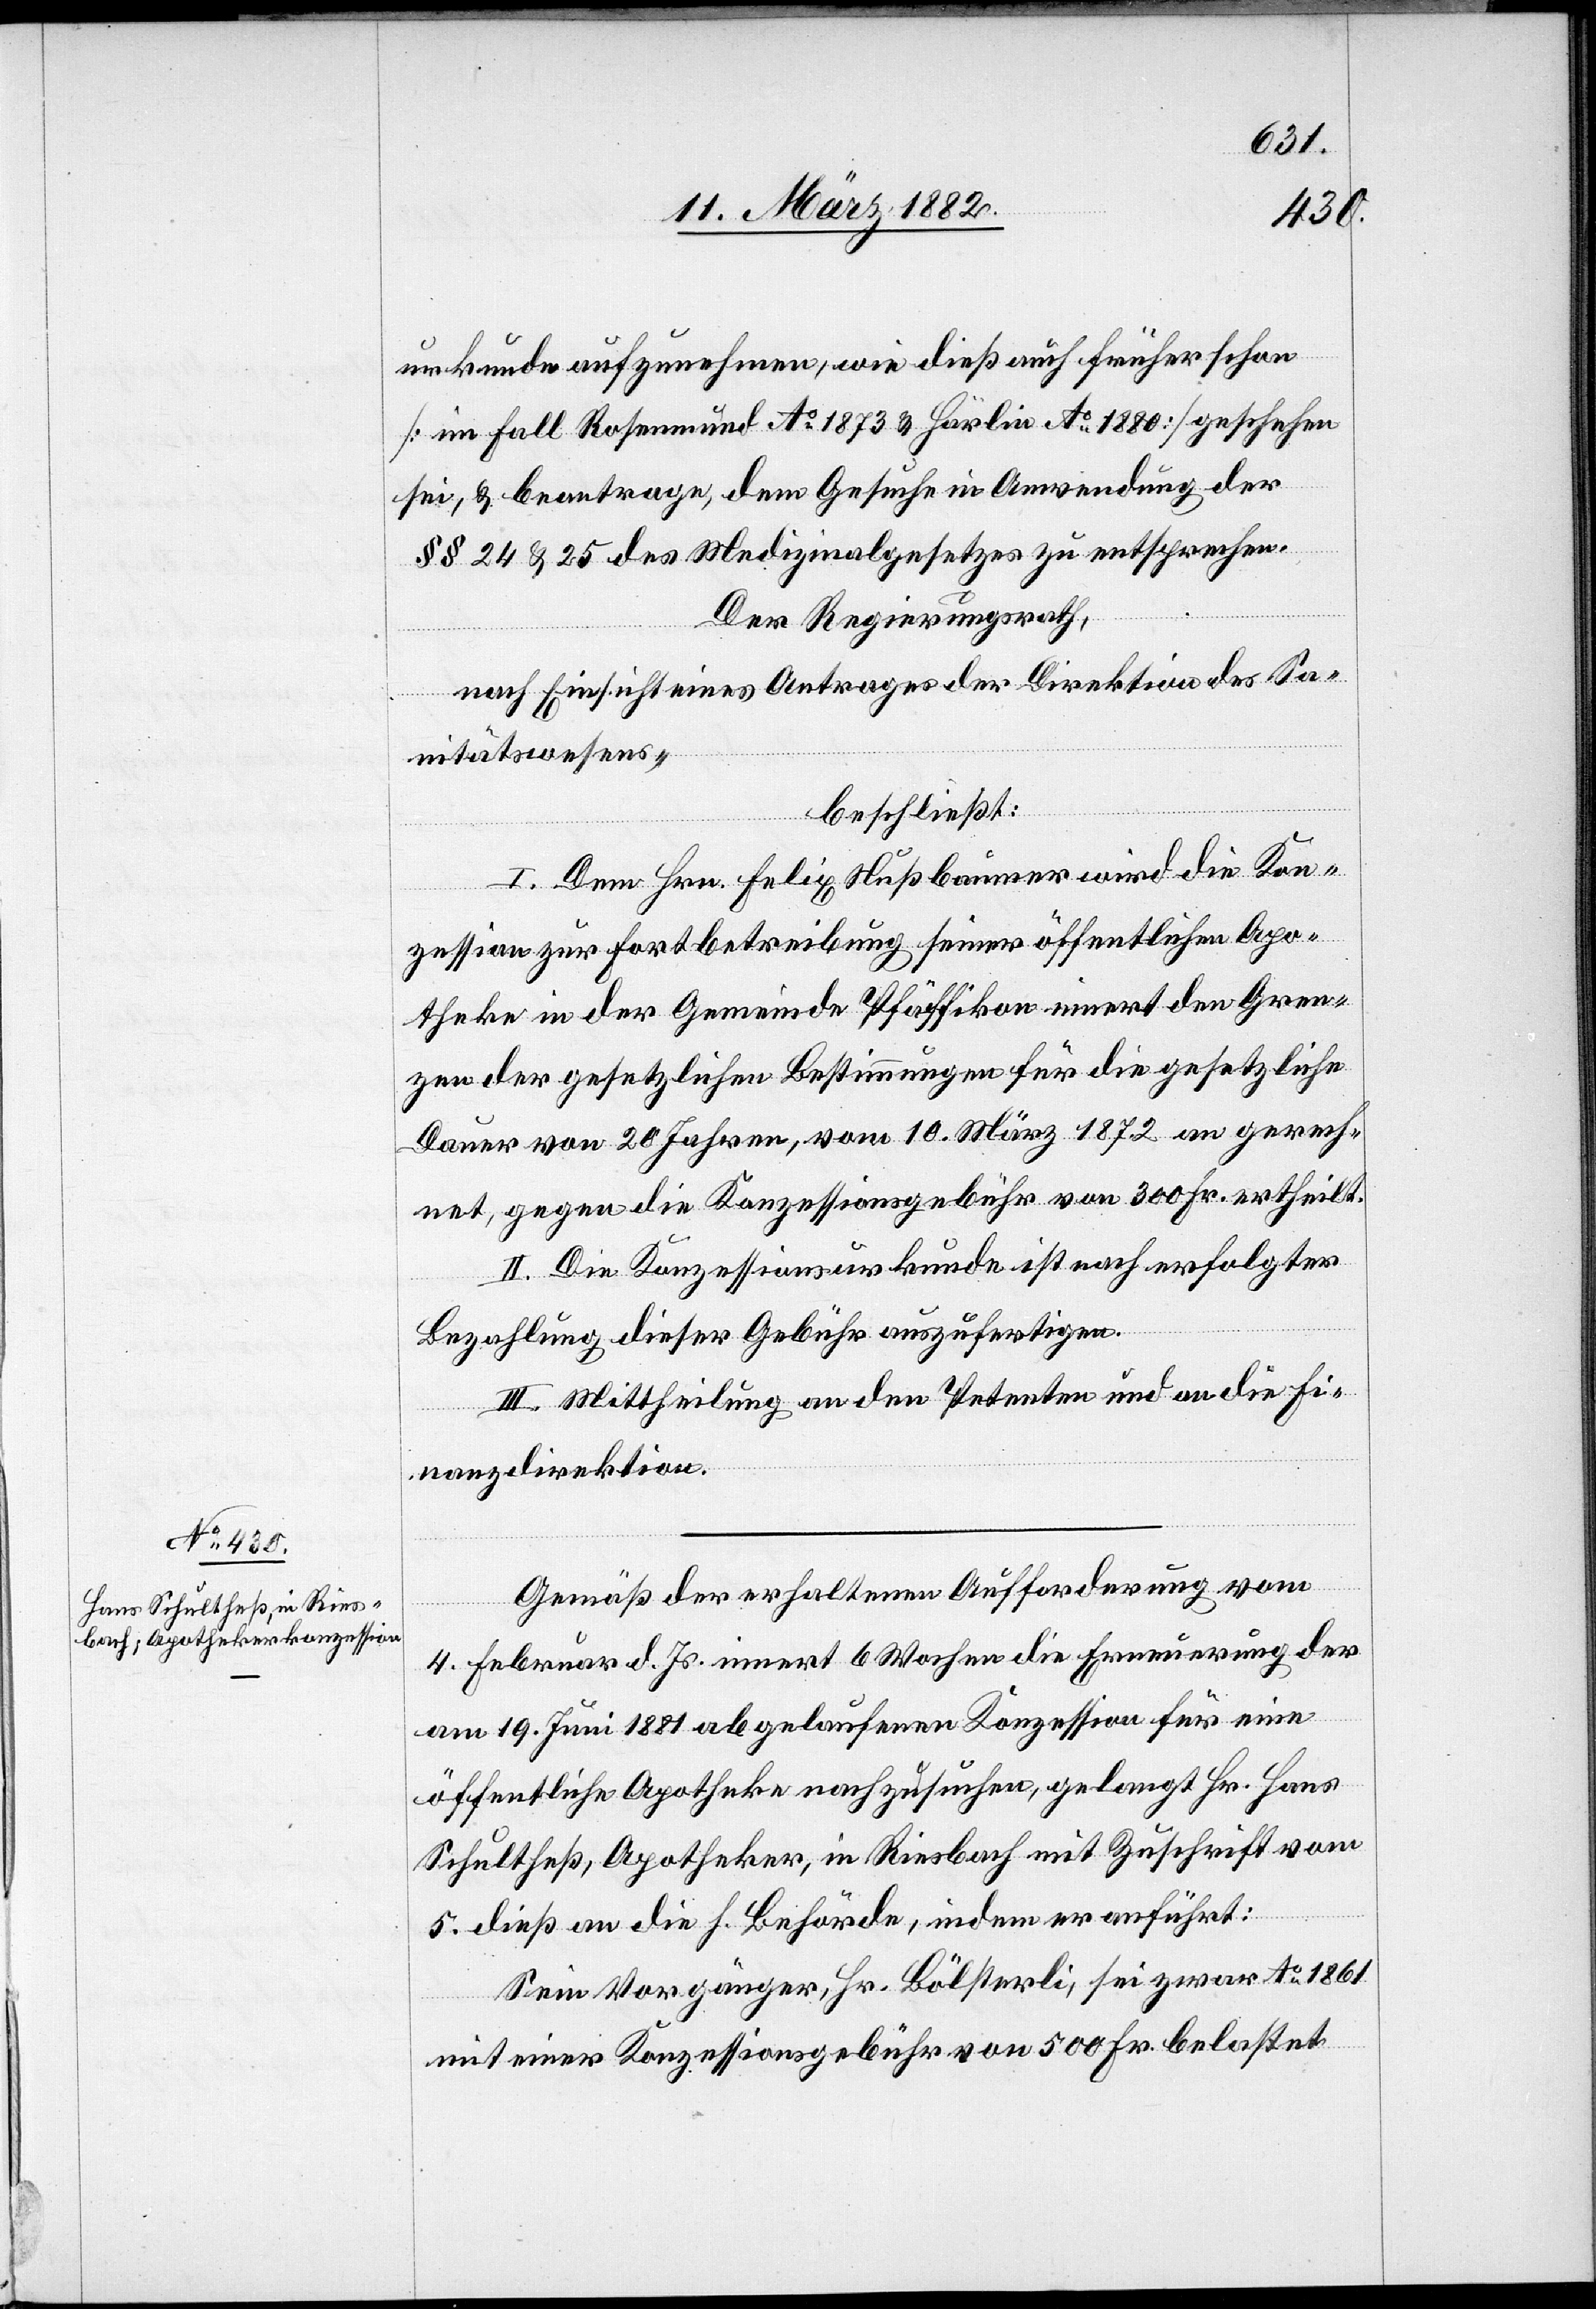
urkunde aufzunehmen, wie dieß auch früher schon
[im Fall Rosenmund Ao 1873 & Härlin Ao 1880] geschehen
sei, & beantrage, dem Gesuche in Anwendung der
§§ 24 & 35 des Medizinalgesetzes zu entsprechen.
Der Regierungsrath,
nach Einsicht eines Antrages der Direktion des Sa¬
nitätswesens,
beschließt:
I. Dem Hrn. Felix Nußbaumer wird die Kon¬
zession zur Fortbetreibung seiner öffentlichen Apo¬
theke in der Gemeinde Pfäffikon innert den Gren¬
zen der gesetzlichen Bestimmungen für die gesetzliche
Dauer von 20 Jahren vom 10. März an gerech¬
net, gegen die Konzessionsgebühr von 300 Fr. ertheilt.
II. Die Konzessionsurkunde ist nach erfolgter
Bezahlung dieser Gebühr auszufertigen.
III. Mittheilung an den Petenten und an die Fi¬
nanzdirektion.
Gemäß der erhaltenen Aufforderung vom
4. Februar d. Js. innert 6 Wochen die Erneuerung der
am 19. Juni 1881 abgelaufenen Konzession für eine
öffentliche Apotheke nachzusuchen, gelangt Hr. Hans
Schultheß, Apotheker, in Riesbach mit Zuschrift vom
5. dieß an die h. Behörde, indem er anführt:
Sein Vorgänger, Hr. Bölsterli, sei zwar Ao 1861
mit einer Konzessionsgebühr von 500 Fr. belastet